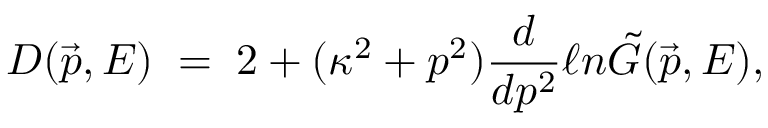
D ( \vec { p } , E ) \; = \; 2 + { ( \kappa ^ { 2 } + p ^ { 2 } ) } \frac { d } { d p ^ { 2 } } \ell n \tilde { G } ( \vec { p } , E ) ,